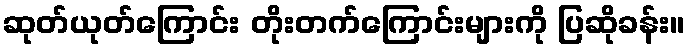
ဆုတ်ယုတ်ကြောင်း တိုးတက်ကြောင်းများကို ပြဆိုခန်း။